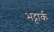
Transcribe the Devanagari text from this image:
भट्टार्क